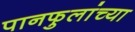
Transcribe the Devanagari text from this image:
पानफुलांच्या